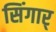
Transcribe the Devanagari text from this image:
सिंगार्